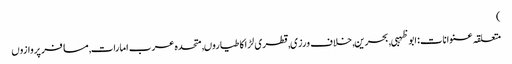
)
متعلقہ عنوانات‬:ابوظہبی, بحرین, خلاف ورزی, قطری لڑاکا طیاروں, متحدہ عرب امارات, مسافر پروازوں